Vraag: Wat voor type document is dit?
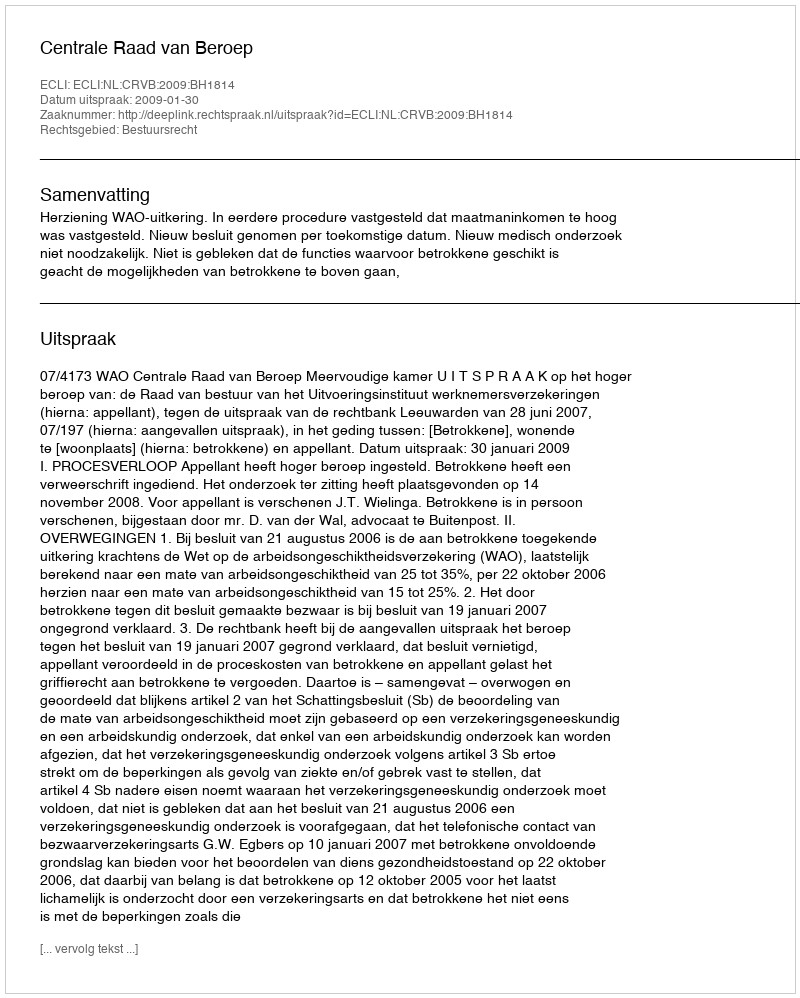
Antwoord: Uitspraak